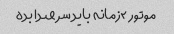
موتور ۲زمانه باید سر صدا بده